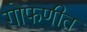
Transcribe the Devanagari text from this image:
गोफणीत